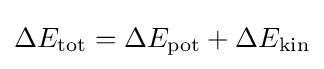
\Delta E_{\text{tot}}=\Delta E_{\text{pot}}+\Delta E_{\text{kin}}